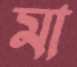
মা